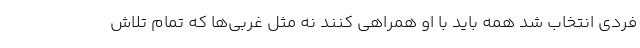
فردی انتخاب شد همه باید با او همراهی کنند نه مثل غربی‌ها که تمام تلاش